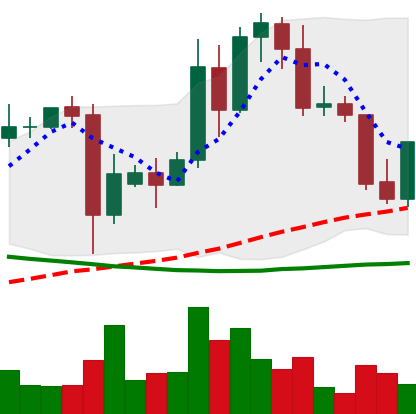
Ticker: TRX-USD
Chart end date: 2021-09-22
Forward return: -12.849%
Label: down_7plus